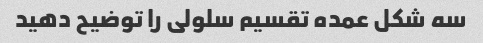
سه شکل عمده تقسیم سلولی را توضیح دهید